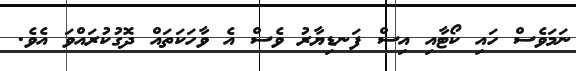
ނަމަވެސް ހައި ކޯޓާއި އިސް ފަނޑިޔާރު ވެސް އެ ވާހަކަތައް ދޮގުކުރައްވަ އެވެ.